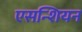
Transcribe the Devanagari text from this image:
एसन्शियन